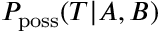
P _ { \mathrm { p o s s } } ( { \cal T } | A , B )